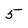
Character: 5